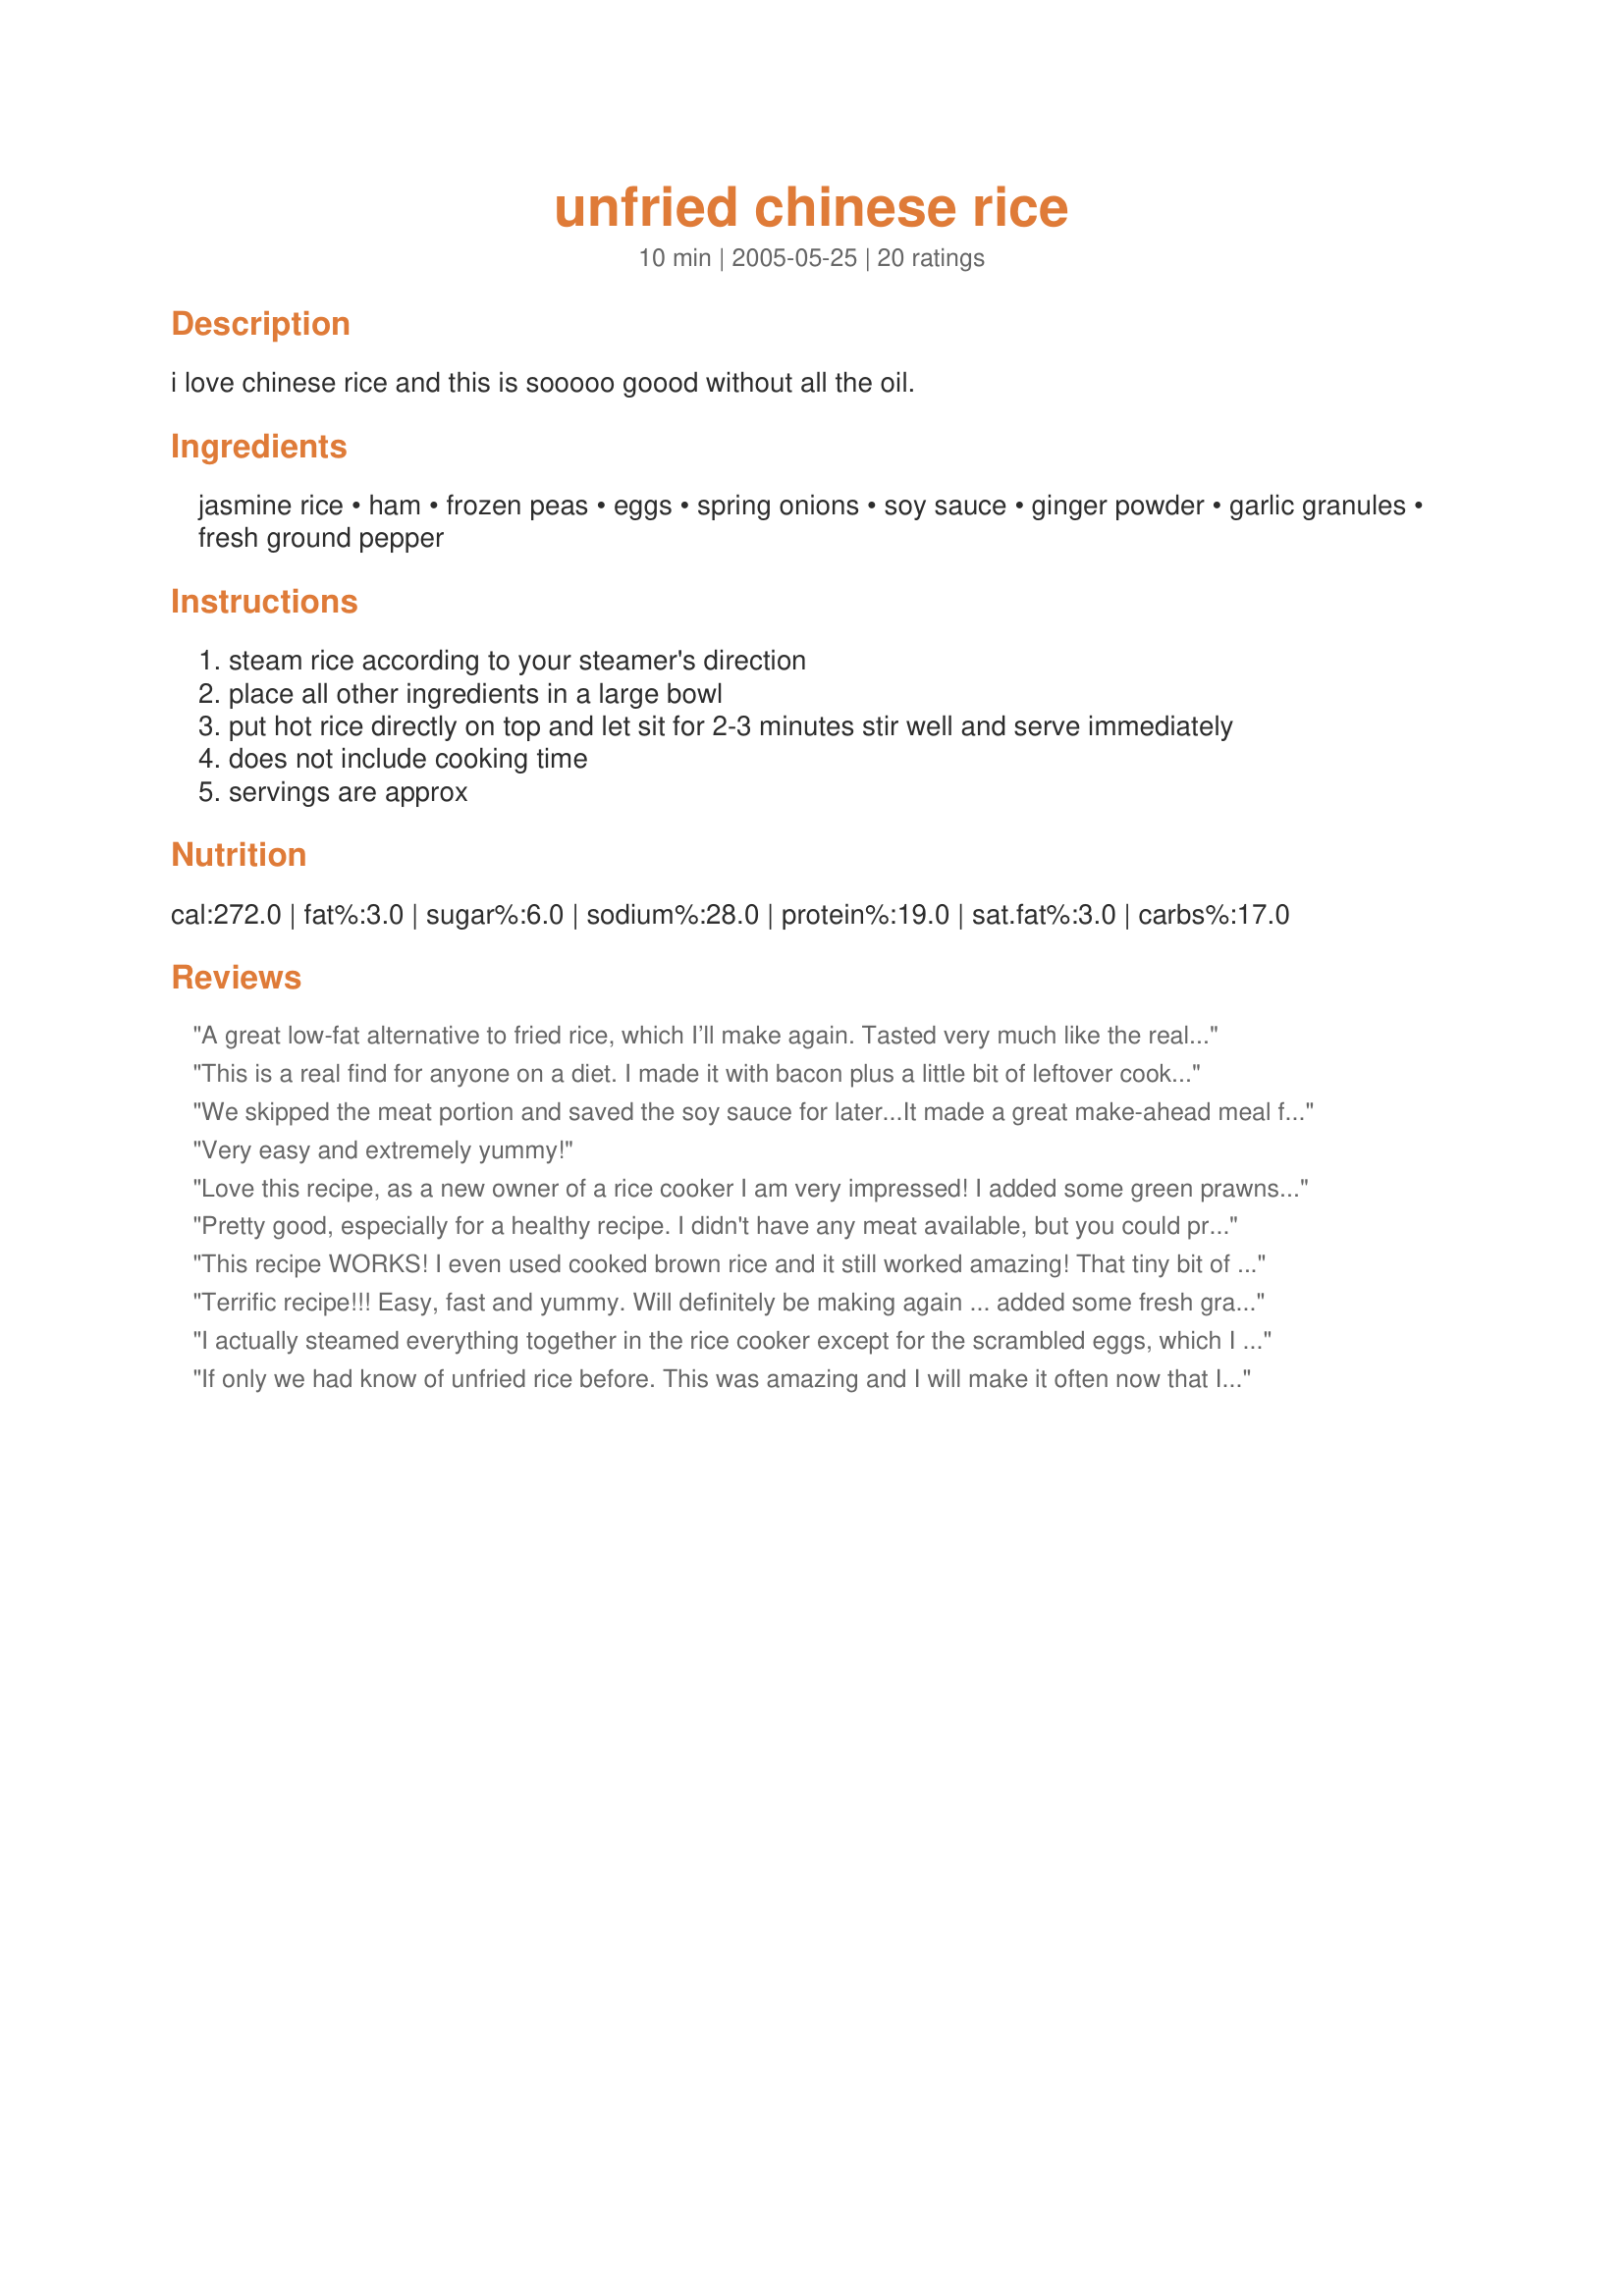
unfried chinese rice
Preparation time: 10 minutes

i love chinese rice and this is sooooo goood without all the oil.

Ingredients:
jasmine rice, ham, frozen peas, eggs, spring onions, soy sauce, ginger powder, garlic granules, fresh ground pepper

Steps:
steam rice according to your steamer's direction
place all other ingredients in a large bowl
put hot rice directly on top and let sit for 2-3 minutes stir well and serve immediately
does not include cooking time
servings are approx

Reviews:
A great low-fat alternative to fried rice, which I’ll make again. Tasted very much like the real thing, but much lower in fat! I thawed the peas and I added some broccoli florets in step two and a handful of fresh beanshoots after step three. Served with Miller’s Soused Mushrooms Recipe #22986. Very tasty low-fat meal. Next time, I'm going to use snow peas instead of the frozen peas. Thanks for sharing!
This is a real find for anyone on a diet. I made it with bacon plus a little bit of leftover cooked chicken. It was great! Bye bye, fried rice.
We skipped the meat portion and saved the soy sauce for later...It made a great make-ahead meal for work! Just heat it up, add the soy sauce, and delicious! Fantastic idea to make it in the rice cooker, it's definitely healthier that way! ~Wife of Celtichellion :)
Very easy and extremely yummy!
Love this recipe, as a new owner of a rice cooker I am very impressed! I added some green prawns to the rice at the last 12 minute mark then dumped the other ingredients in when it changed to the warm cycle and I needed to fluff up the rice. Totally delicious!
Pretty good, especially for a healthy recipe. I didn't have any meat available, but you could probably use left over chicken. I added frozen carrots and it tasted all right. I'm not a fan of soy sauce in general, so you could try teriyaki sauce or oyster sauce to give it a different flavor.
This recipe WORKS! I even used cooked brown rice and it still worked amazing! That tiny bit of ginger is spectacular. Thank you :)
Terrific recipe!!! Easy, fast and yummy. Will definitely be making again ... added some fresh grated ginger and carrot as some others suggested. Definitely a keeper! Thanks!
I actually steamed everything together in the rice cooker except for the scrambled eggs, which I added at the end, and it turned out great! Very neat idea for rice!
If only we had know of unfried rice before. This was amazing and I will make it often now that I know how. Because I was using egg whites only I decided to cook them along with the bacon and spring onions. I used Weight Watcher’s bacon (very lean short cuts) to lower the fat content even more. I lightly cooked the bacon along with the spring onions in a medium pan, added the peas then pushed them to one side in the pan to cook the egg whites. When the whites were cooked I added the spices and soy to the bacon mixture and mixed them together along with the cooked whites, which didn’t need chopping because they were soft – they just stirred into the mixture in pieces. Then I continued with the recipe as written. It was so quick and easy and my husband loved it. Thank you homegirl for sharing your recipe. We think it is worth more than five stars. Glen
I've made this countless times, with different additions (tonight was leftover pork loin) and it always comes out delicious. Everyone in the family loves it and I love that it comes together so easily and makes great leftovers!
I had my doubts, but this came out great! I like it much better than fried rice, and it took very little time and was VERY easy. I used cooked yellow onion instead of spring onions and left out the meat. My boyfriend, whose family makes traditional fried rice at home, also LOVED it!
Very good. The flavour was divine. I just found that mine turned out a bit "sticky". Other than that, I enjoyed the dish.
A great way to use jasmine rice and much healthier than fried. I used corn instead of peas. My kids especially liked it. Thank you!
I agree. This tastes good without the frying. Very nice flavor. I used leftover pork loin. I also added a little chopped carrot for extra color. I'll be making this again!
We love fried rice and we loved this new way of preparing it without oil. I made as written, using a frozen pea and carrot blend and some leftover char sui for the meat. I let the frozen veggies sit out for about a half hour before dumping the hot rice on top. I also used half the amount of uncooked rice but left the amounts of the other ingredients the same. This is a great quick and easy side dish and I'll be making it again. Thanks for posting this recipe homegirl :)
I have made this twice and it's been a hit! Great way to get all the flavours of fried rice without all the hassle and oil. I added grated ginger as well.
Got yourself a winner here!
If could...nominate this as recipe of the year!
Healthy, nutritious, easy as can be,
Hope you will try it...as a suggestion from ME!
I loved this! I got a new rice cooker, and went in search of recipes, for it. I had leftover pork ribs, so I used those, for the meat. I added a little grated carrot and sesame oil, for flavor and crunch. Oh, and I scrambled the eggs, in the microwave, too.Thanks...will definitely make, again, when leftovers "happen!"
This is hearty enough to be a meal on its own, but I served it as a side with <a href="/163922">Hoisin Salmon</a> and <a href="/147425">Sesame Roasted Green Beans</a>. My husband is a fried rice fan, and he really enjoyed the blend of flavors.
